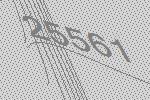
25561